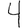
Digit: 4